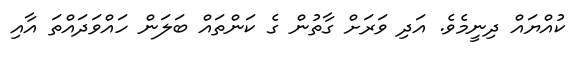
ކުއްޔައް ދިނީމެވެ. އަދި ވަރަށް ގާތުން ގެ ކަންތައް ބަލަން ހައްވަދައްތަ އާއި